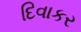
દિવાકર